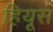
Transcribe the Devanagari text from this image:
हियूस